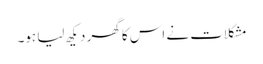
مشکلات نے اس کا گھر دیکھ لیا ہو۔